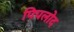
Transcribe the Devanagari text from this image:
पिपलोद